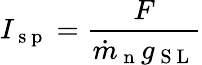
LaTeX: I_{\mathrm{~s~p~}}=\frac{F}{\dot{m}_{\mathrm{~n~}}g_{\mathrm{~S~L~}}}